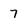
Character: 7